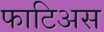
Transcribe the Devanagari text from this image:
फाटिअस